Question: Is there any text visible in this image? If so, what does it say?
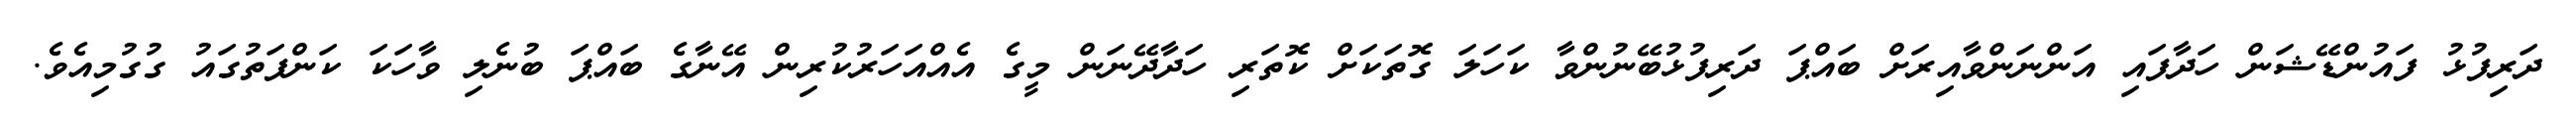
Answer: ދަރިފުޅު ފައުންޑޭޝަން ހަދާފައި އަންނަންވާއިރަށް ބައްޕަ ދަރިފުޅުބޭނުންވާ ކަހަލަ ގޮތަކަށް ކޮތަރި ހަދާދޭނަން މީގެ އެއްއަހަރުކުރިން އޭނާގެ ބައްޕަ ބުނެލި ވާހަކަ ކަންފަތުގައު ގުގުމިއެވެ.